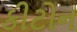
કીટોન